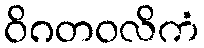
ဝိဂတဝလိကံ